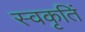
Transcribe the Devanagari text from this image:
स्वकृतिं